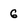
Character: 6